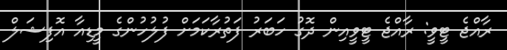
ރާއްޖެ ޓީވީ: ރާއްޖެ ޓީވީއިން ދޮގު ހަބަރު ފަތުރާކަމަށް ފުލުހުންގެ މީޑިއާ އޮފިޝަލް